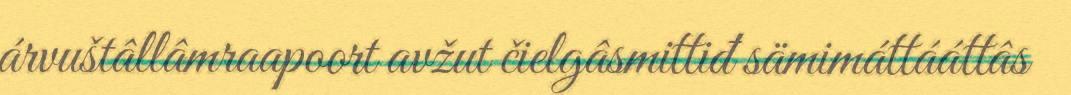
árvuštâllâmraapoort avžut čielgâsmittiđ sämimáttááttâs